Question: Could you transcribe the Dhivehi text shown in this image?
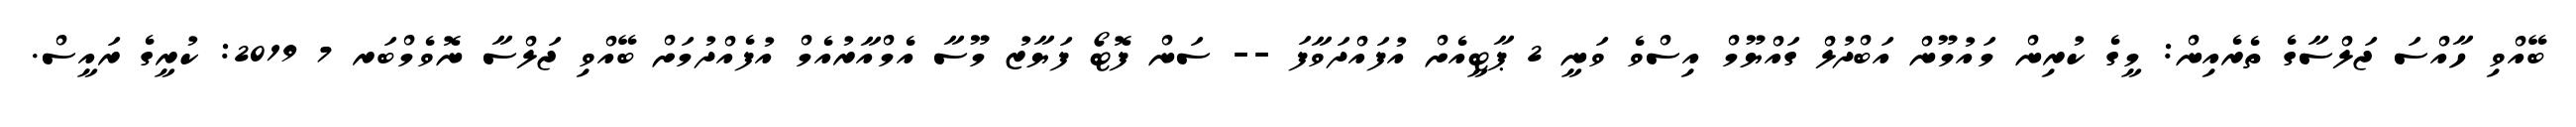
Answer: ބޭއްވި ހާއްސަ ޖަލްސާގެ ތެރެއިން: މީގެ ކުރިން މައުމޫން އަބްދުލް ގައްޔޫމް އިސްވެ ވަނީ 2 ޕާޓީއެށް އުފައްދަވާފަ -- ސަން ފޮޓޯ ފަޔާޒު މޫސާ އެމްއާރުއެމް އުފެއްދުމަށް ބޭއްވި ޖަލްސާ ނޮވެމްބަރ 7 2019: ކުރީގެ ރައީސް.